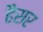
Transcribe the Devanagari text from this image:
हैैसर